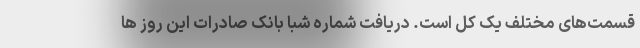
قسمت‌های مختلف یک کل است. دریافت شماره شبا بانک صادرات این روز ها